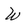
Character: W